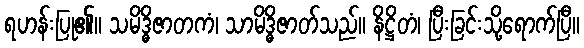
ရဟန်းပြု၏။ သမိဒ္ဓိဇာတကံ၊ သာမိဒ္ဓိဇာတ်သည်။ နိဋ္ဌိတံ၊ ပြီးခြင်းသို့ရောက်ပြီ။